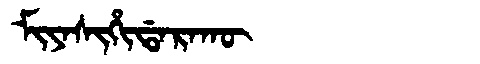
Manchu: ᠮᡳᠶᠠᠰᡳᡥᡳᡩᠠᡵᠠᡴᡡ
Romanization: MIYASIHIDARAKŪ